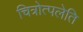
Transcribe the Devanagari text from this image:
चित्रोत्पलेति